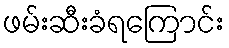
ဖမ်းဆီးခံရကြောင်း